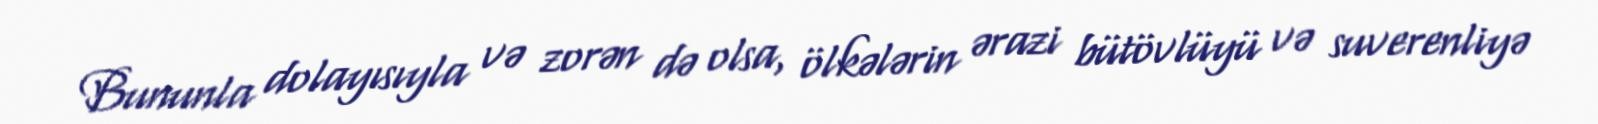
Bununla dolayısıyla və zorən də olsa, ölkələrin ərazi bütövlüyü və suverenliyə